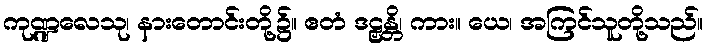
ကုဏ္ဍလေသု၊ နားတောင်းတို့၌။ ဧတံ ဒဠှန္တိ၊ ကား။ ယေ၊ အကြင်သူတို့သည်။